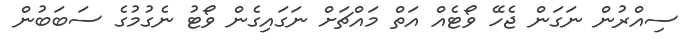
ސިއްރުން ނަގަން ޖެހޭ ވޯޓެއް އަތް މައްޗަށް ނަގައިގެން ވޯޓު ނެގުމުގެ ސަބަބުން